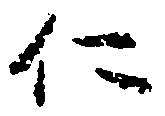
仁